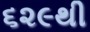
૬૨૯થી